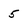
Character: 5